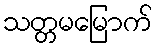
သတ္တမမြောက်